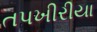
તપખીરીયા